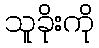
သူခိုးကို